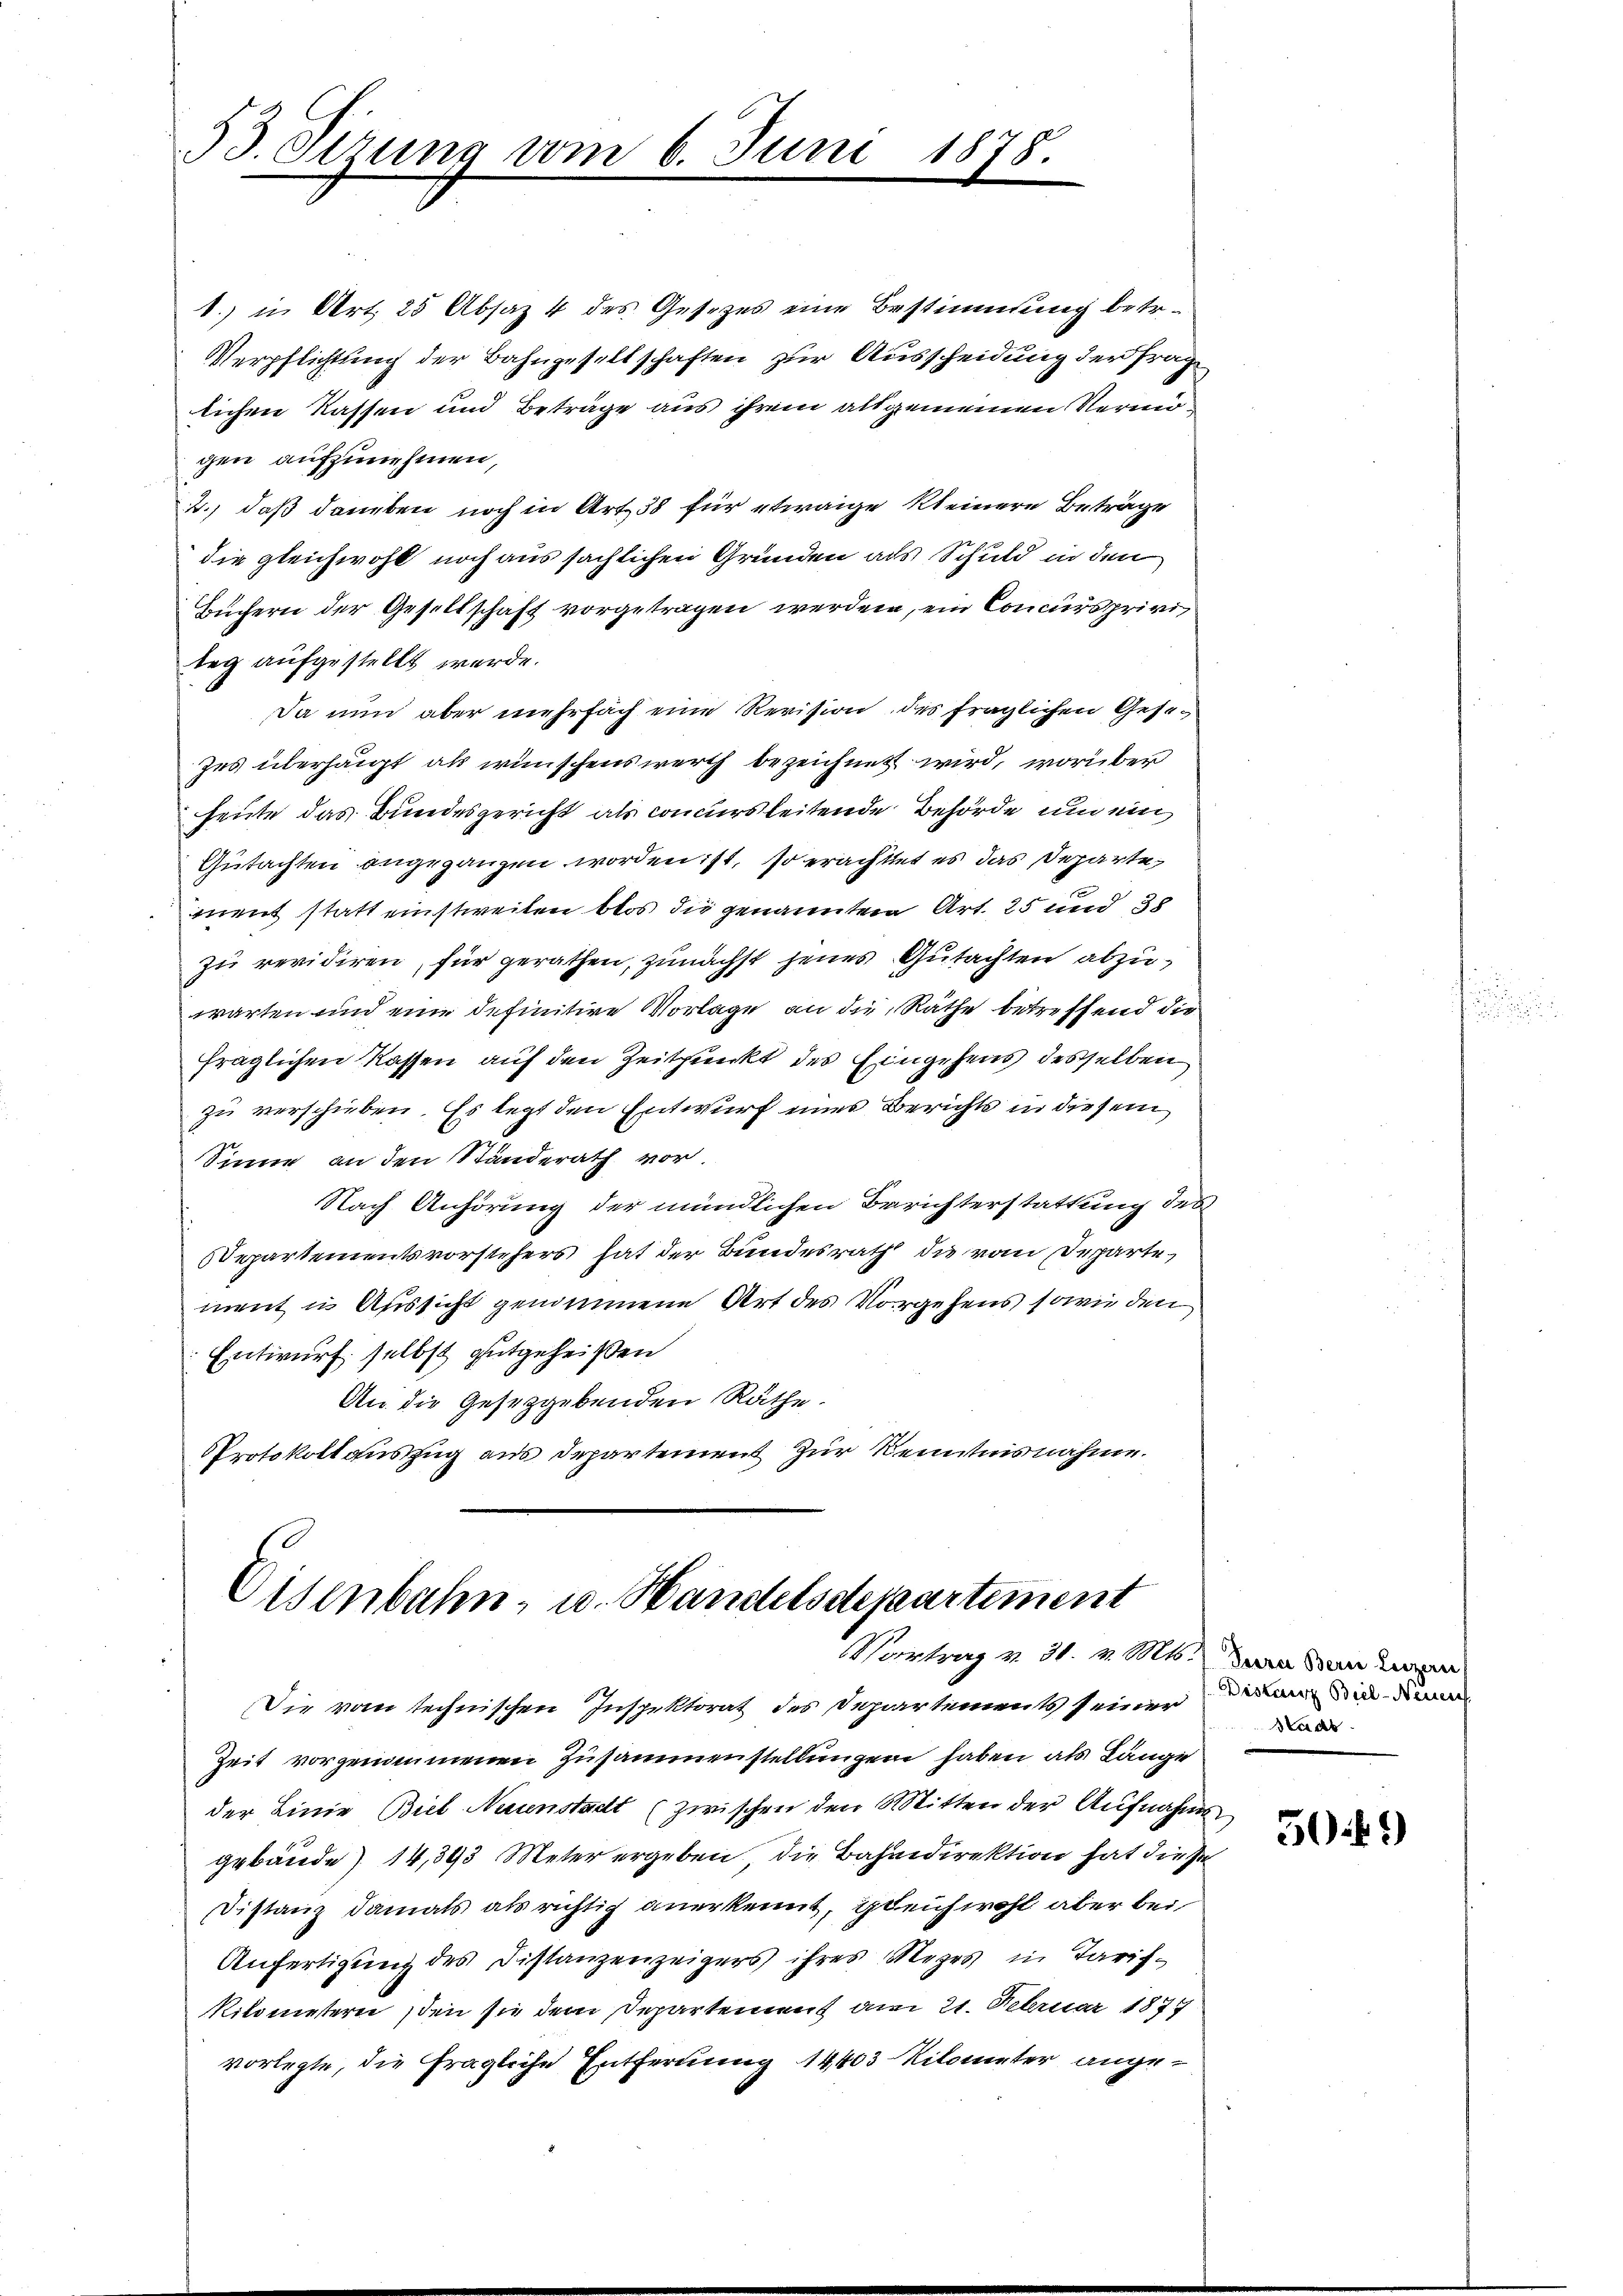
53. Sirung vom 6. Juni

1878.

Eisenbahn- u. Handelsdepartement
Vortrag v. 31. v. Mts. (Zara Bern Luzer

1.) in Art. 25 Absaz 4 des Gesezes eine Bestimmung betr.
Verpflichtung der Bahngesellschaften zur Ausscheidung der Frage
lichen Kassen und Beträge aus ihrem als gemeinen Vermögen aufzunehmen,
2.) daß daneben noch in Art. 38 für etwaige kleinere Beträge
die gleichwohl noch aus sächlichen Gründen als Schuld in den
Büchern der Gesellschaft vorgetragen werden, ein Concursprivi
teg aufgestellt werde.
Da nun aber mehrfach eine Revision des fraglichen Gesezes überhaupt als wünschenswerth bezeichnet wird, worüber
heute das Bundesgericht als concursleitende Behörde und ein
Gutachten angegangen worden ist, so erachtet es das Departe
ment statt einstweilen blos die genannten Art. 25 und d
zu revidiren, für gerathen, zunächst jenes Gutachten abzuwarten und eine definitive Vorlage an die Räthe betreffend die
fraglichen Kassen auf den Zeitpunkt des Eingehens desselben
zu verschieben. Es legt den Entwurf einer Berichts in diesem
Sinne, an den Ständerath vor.
Nach Anhörung der mündlichen Berichterstattung des
Departementsvorstehers hat der Bundesrath die vom Departe,
ment in Aussicht genommene Art des Vorgehens sowie den
Entwurf selbst gutgeheißen
An die Gesetzgebenden Räthe.
Protokoll auszug aus Departement zur Kenntnisnahme.

Die vom technischen Inspektorat des Departements seiner
Zeit vorgenommenen Zusammenstellungen haben als Länge
der Linie Biel Neuenstadt (zwischen den Mitten der Aufnahms
gebäude) 14,393 Meter ergeben, die Bahndirektion hat diese
Distanz damals als richtig anerkennt, gleichwohl aber bei
Anfertigung des Distanzenzeigers ihres Meges in Tarif-
Kilometern den sie dem Departement am 21. Februar 1877
vorlegte, die fragliche Entfernung 14403 Kilometer ange¬

Distanz Biel-Neuen
Seed

50.*)